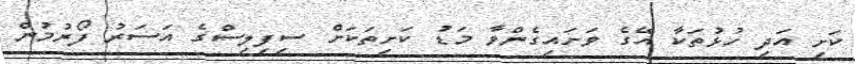
ކަށި އަދި ހުޅުތަކާ އޭގެ ވަށައިގެންވާ މަޑު ކަށިތަކަށް ސިފިލިސްގެ އަސަރު ފޯރުމުން